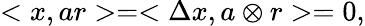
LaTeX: <x,ar>=<\Delta x,a\otimes r>=0,